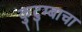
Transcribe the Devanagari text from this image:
कुटुम्बाचा